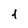
Character: 1